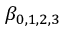
\beta _ { 0 , 1 , 2 , 3 }